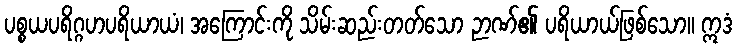
ပစ္စယပရိဂ္ဂဟပရိယာယံ၊ အကြောင်းကို သိမ်းဆည်းတတ်သော ဉာဏ်၏ ပရိယာယ်ဖြစ်သော။ ဣဒံ